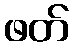
ဖတ်